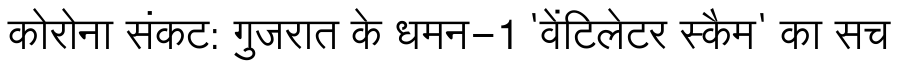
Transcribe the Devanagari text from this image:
कोरोना संकट: गुजरात के धमन-1 'वेंटिलेटर स्कैम' का सच